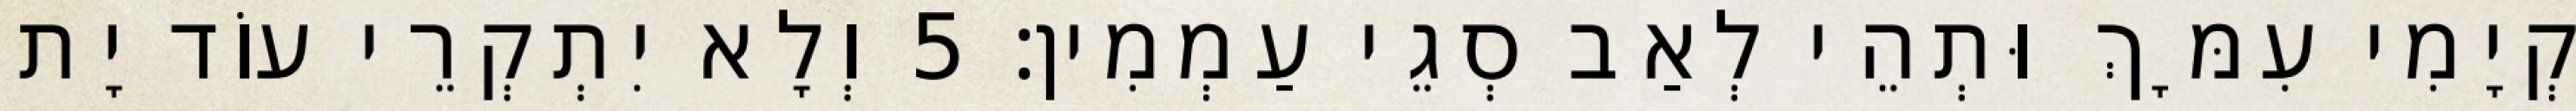
קְיָמִי עִמָּךְ וּתְהֵי לְאַב סְגֵי עַמְמִין׃ 5 וְלָא יִתְקְרֵי עוֹד יָת